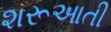
શરૂઆતી